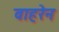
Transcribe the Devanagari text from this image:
वाहरेन